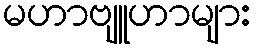
မဟာဗျူဟာများ